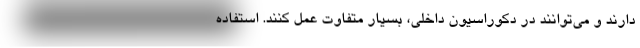
دارند و می‌توانند در دکوراسیون داخلی، بسیار متفاوت عمل کنند. استفاده